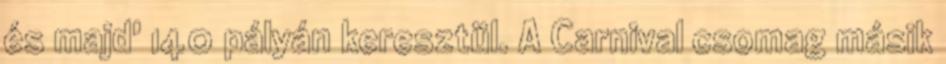
és majd' 140 pályán keresztül. A Carnival csomag másik